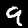
Digit: 9